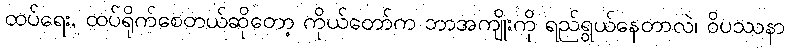
ထပ်ရေး, ထပ်ရိုက်စေတယ်ဆိုတော့ ကိုယ်တော်က ဘာအကျိုးကို ရည်ရွယ်နေတာလဲ၊ ဝိပဿနာ